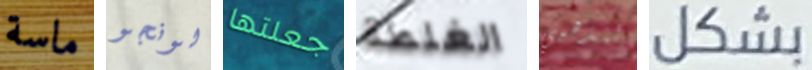
ماسة لونجو جعلتها الغلطة لتذهبي بشكل